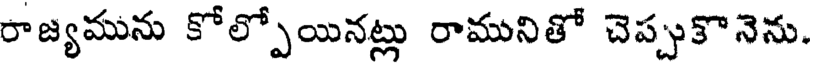
రాజ్యమును కోల్పోయినట్లు రామునితో చెప్పుకొనెను.